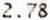
2.78